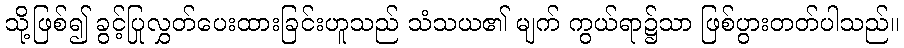
သို့ဖြစ်၍ ခွင့်ပြုလွှတ်ပေးထားခြင်းဟူသည် သံသယ၏ မျက် ကွယ်ရာ၌သာ ဖြစ်ပွားတတ်ပါသည်။